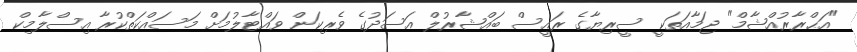
"އަޙްރާރުއްޝާމް" ޖަމާއަތަކީ ސީރިޔާގެ ރައީސް ބައްޝާރުލް އަސަދުގެ ވެރިކަން ވައްޓާލުމަށް މަސައްކަތްކުރާ އިސްލާމިކް